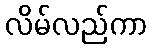
လိမ်လည်ကာ